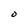
Character: O